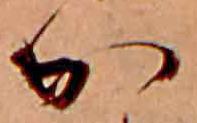
か